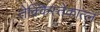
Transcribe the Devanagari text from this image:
तेक्किस्तेकात्ल